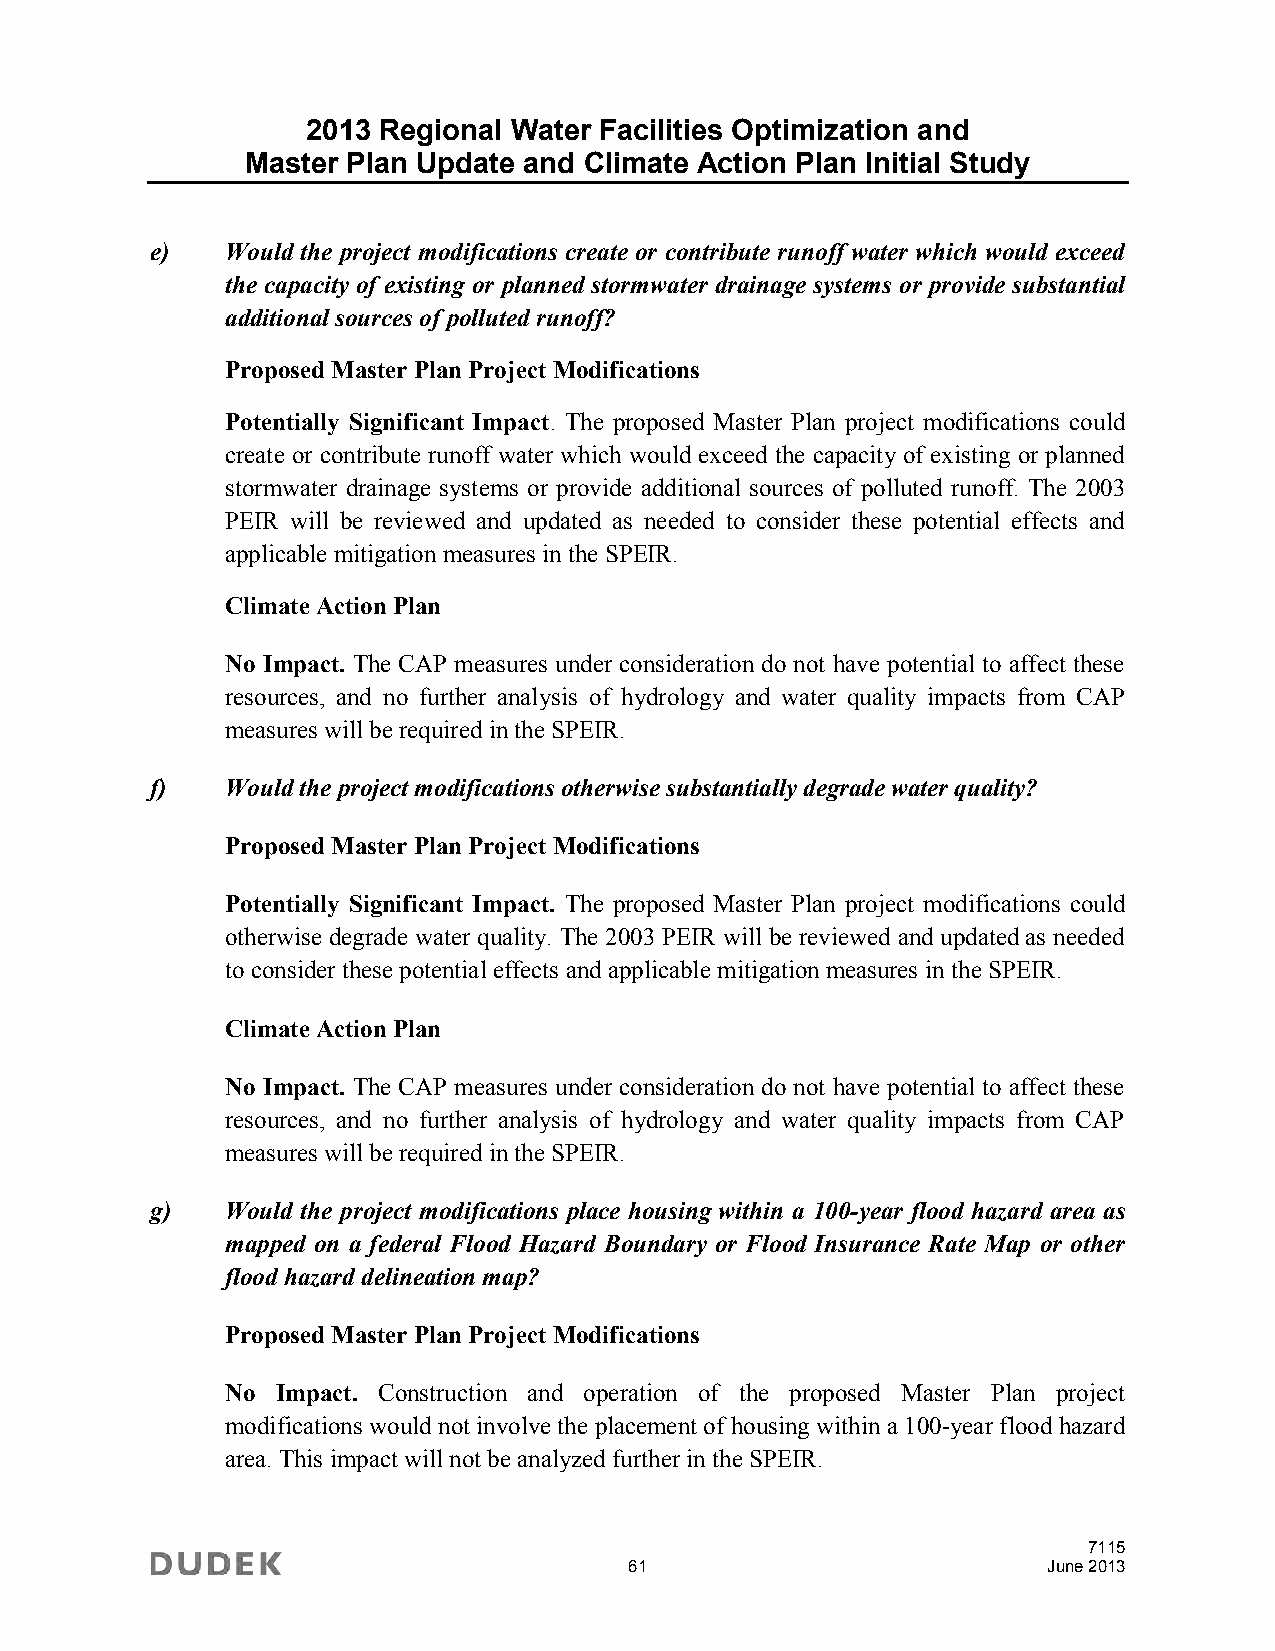
2013 Regional Water Facilities Optimization and
 Master Plan Update and Climate Action Plan Initial Study
 e)   Would the project modifications create or contribute runoff water which would exceed
 the capacity of existing or planned stormwater drainage systems or provide substantial
 additional sources of polluted runoff?
 Proposed Master Plan Project Modifications
 Potentially Significant Impact. The proposed Master Plan project modifications could
 create or contribute runoff water which would exceed the capacity of existing or planned
 stormwater drainage systems or provide additional sources of polluted runoff. The 2003
 PEIR will be reviewed and updated as needed to consider these potential effects and
 applicable mitigation measures in the SPEIR.
 Climate Action Plan
 No Impact. The CAP measures under consideration do not have potential to affect these
 resources, and no further analysis of hydrology and water quality impacts from CAP
 measures will be required in the SPEIR.
 f)   Would the project modifications otherwise substantially degrade water quality?
 Proposed Master Plan Project Modifications
 Potentially Significant Impact. The proposed Master Plan project modifications could
 otherwise degrade water quality. The 2003 PEIR will be reviewed and updated as needed
 to consider these potential effects and applicable mitigation measures in the SPEIR.
 Climate Action Plan
 No Impact. The CAP measures under consideration do not have potential to affect these
 resources, and no further analysis of hydrology and water quality impacts from CAP
 measures will be required in the SPEIR.
 g)   Would the project modifications place housing within a 100-year flood hazard area as
 mapped on a federal Flood Hazard Boundary or Flood Insurance Rate Map or other
 flood hazard delineation map?
 Proposed Master Plan Project Modifications
 No Impact. Construction and operation of the proposed Master Plan project
 modifications would not involve the placement of housing within a 100-year flood hazard
 area. This impact will not be analyzed further in the SPEIR.
 7115
 61                         June 2013